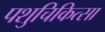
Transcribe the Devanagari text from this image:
पशुचिकित्‍सा